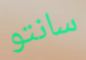
سانتو